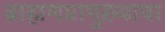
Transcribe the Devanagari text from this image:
ब्राह्मणप्रामुख्याचा